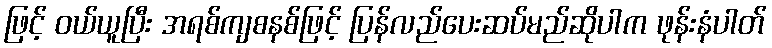
ဖြင့် ဝယ်ယူပြီး အရစ်ကျစနစ်ဖြင့် ပြန်လည်ပေးဆပ်မည်ဆိုပါက ဖုန်းနံပါတ်